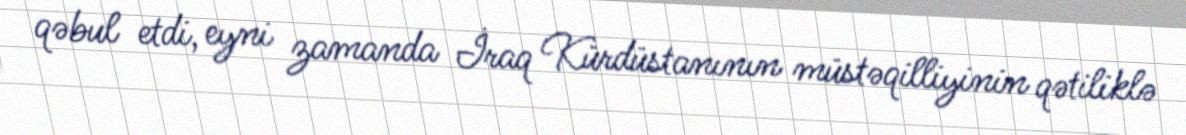
qəbul etdi, eyni zamanda İraq Kürdüstanının müstəqilliyinin qətiliklə